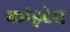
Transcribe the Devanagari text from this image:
कांड़देव